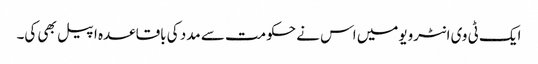
ایک ٹی وی انٹرویومیں اس نے حکومت سے مدد کی باقاعدہ اپیل بھی کی۔